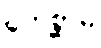
ဘေစ္ဆာမိ